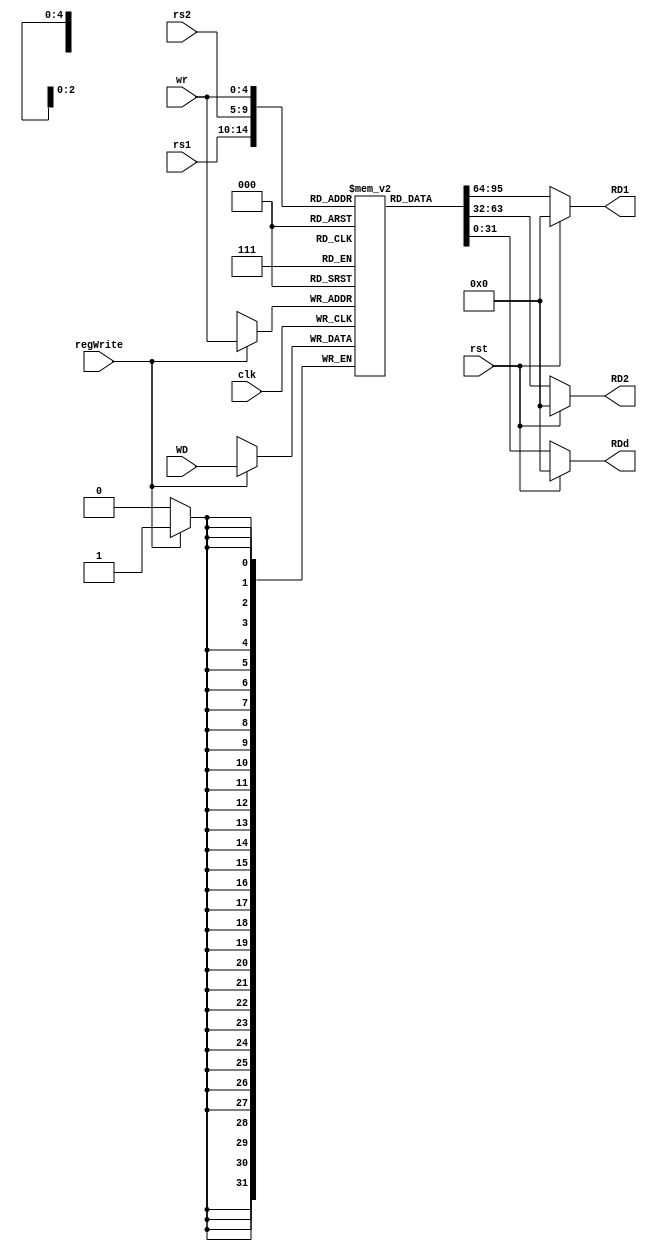
module Regsiter_File(clk,rst,regWrite, rs1,rs2, wr, WD, RD1,RD2, RDd);

    input clk,rst,regWrite;
    input [4:0]rs1,rs2,wr;
    input [31:0]WD;
    output [31:0]RD1,RD2,RDd;

    reg [31:0] Register [31:0];
    

    always @ (posedge clk)
    begin
        if(regWrite)
            Register[wr] <= WD;
    end

    assign RD1 = (rst) ? 32'd0 : Register[rs1];
    assign RD2 = (rst) ? 32'd0 : Register[rs2];
    assign RDd = (rst) ? 32'd0 : Register[wr];


    initial begin
        Register[0] = 32'd5;
        Register[1] = 32'd6;	
		Register[2] = 32'd10;
        
    end

endmodule